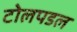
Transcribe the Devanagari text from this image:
टोलपडल